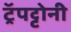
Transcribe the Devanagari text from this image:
ट्रॅपट्टोनी